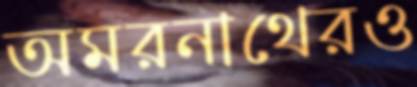
অমরনাথেরও